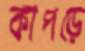
কাপড়ে